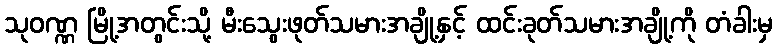
သုဝဏ္ဏ မြို့အတွင်းသို့ မီးသွေးဖုတ်သမားအချို့နှင့် ထင်းခုတ်သမားအချို့ကို တံခါးမှ